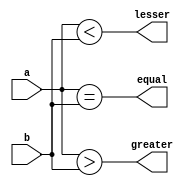
`timescale 1ns / 1ps

module Comparator(
    input [3:0]a,b,
    output equal,greater,lesser
    );

    assign greater = a>b ;
    assign lesser = a<b ;
    assign equal= (a==b);
endmodule